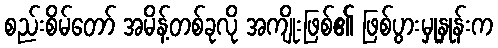
စည်းစိမ်တော် အမိန့်တစ်ခုလို အကျိုးဖြစ်၏ ဖြစ်ပွားမှုနှုန်းက